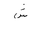
Letter: _shin